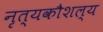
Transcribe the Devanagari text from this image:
नृत्यकौशल्य